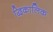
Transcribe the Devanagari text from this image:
द्विकालिक